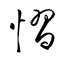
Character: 慴